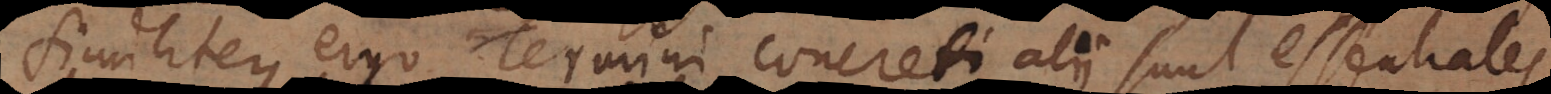
Similiter ergo Termini concreti alii sunt essentiales